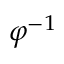
\varphi ^ { - 1 }